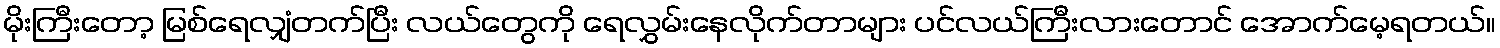
မိုးကြီးတော့ မြစ်ရေလျှံတက်ပြီး လယ်တွေကို ရေလွှမ်းနေလိုက်တာများ ပင်လယ်ကြီးလားတောင် အောက်မေ့ရတယ်။